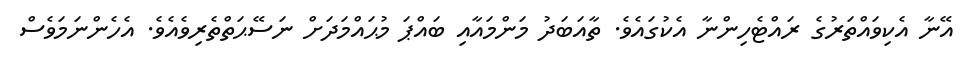
އޭނާ އެކިވައްތަރުގެ ރައްޓެހިންނާ އެކުގައެވެ. ތާއަބަދު މަންމައާއި ބައްޕަ މުޙައްމަދަށް ނަސޭޙަތްތެރިވެއެވެ. އެހެންނަމަވެސް